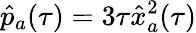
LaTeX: \hat{p}_{a}(\tau)=3\tau\hat{x}_{a}^{2}(\tau)